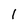
Character: 1